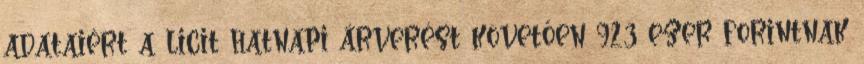
adataiért a licit hatnapi árverést követően 923 ezer forintnak